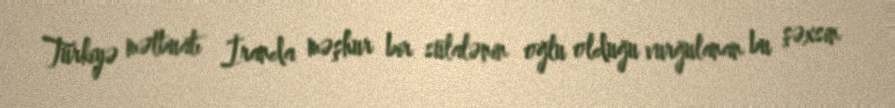
Türkiyə mətbuatı İranda məşhur bir sülalənin oğlu olduğu vurğulanan bu şəxsin